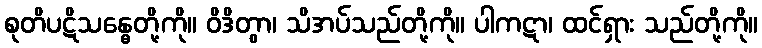
စုတိပဋိသန္ဓေတို့ကို။ ဝိဒိတွာ၊ သိအပ်သည်တို့ကို။ ပါကဋာ၊ ထင်ရှား သည်တို့ကို။